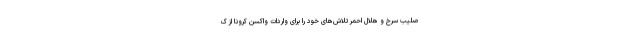
صلیب سرخ و هلال احمر تلاش‌های خود را برای واردات واکسن کرونا از ک